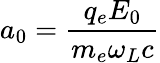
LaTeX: a_{0}=\frac{q_{e}E_{0}}{m_{e}\omega_{L}c}